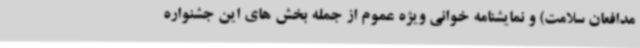
مدافعان سلامت) و نمایشنامه خوانی ویژه عموم از جمله بخش های این جشنواره